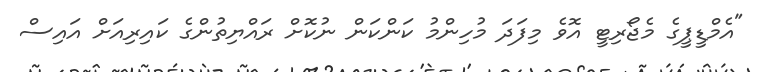
"އެމްޑީޕީގެ މެޖޯރިޓީ އޮވެ މިފަދަ މުހިންމު ކަންކަން ނުކޮށް ރައްޔިތުންގެ ކައިރިއަށް އައިސް